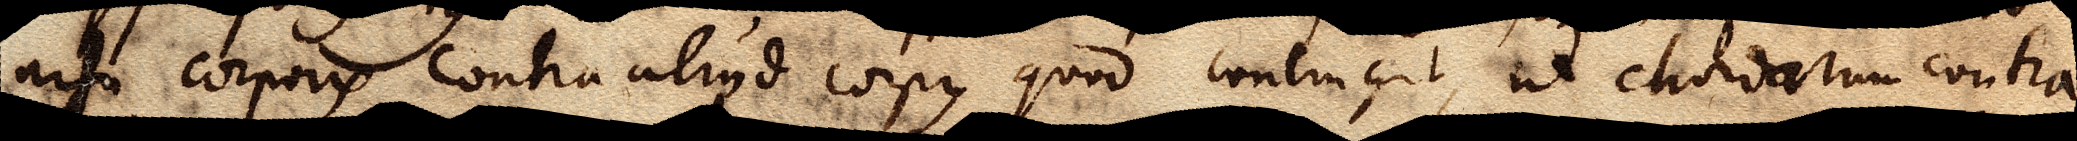
nisu corporis contra aliud corpus quod contingit, ut chordarum contra